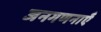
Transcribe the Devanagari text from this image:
जनगणनाएँ